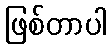
ဖြစ်တာပါ